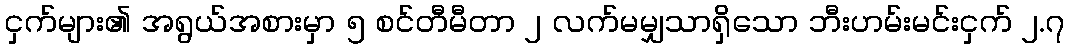
ငှက်များ၏ အရွယ်အစားမှာ ၅ စင်တီမီတာ ၂ လက်မမျှသာရှိသော ဘီးဟမ်းမင်းငှက် ၂.၇